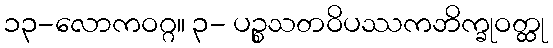
၁၃-လောကဝဂ္ဂ။ ၃- ပဉ္စသတဝိပဿကဘိက္ခုဝတ္ထု